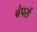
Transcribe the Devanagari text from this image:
बंपर्स